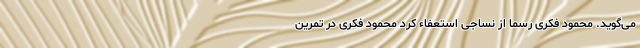
می‌گوید. محمود فکری رسما از نساجی استعفاء کرد محمود فکری در تمرین